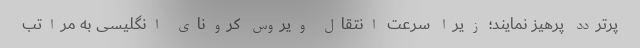
پرتردد پرهیز نمایند؛ زیرا سرعت انتقال ویروس کرونای انگلیسی به مراتب